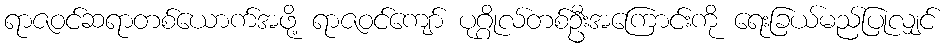
ရာဇဝင်ဆရာတစ်ယောက်အဖို့ ရာဇဝင်ကျော် ပုဂ္ဂိုလ်တစ်ဦးအကြောင်းကို ရေးခြယ်မည်ပြုလျှင်